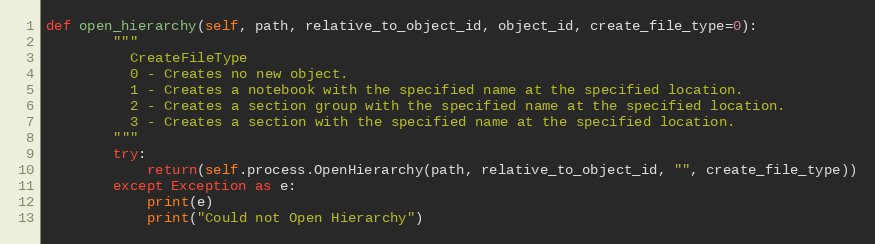
Language: Python
def open_hierarchy(self, path, relative_to_object_id, object_id, create_file_type=0):
        """
          CreateFileType
          0 - Creates no new object.
          1 - Creates a notebook with the specified name at the specified location.
          2 - Creates a section group with the specified name at the specified location.
          3 - Creates a section with the specified name at the specified location.
        """
        try:
            return(self.process.OpenHierarchy(path, relative_to_object_id, "", create_file_type))
        except Exception as e:
            print(e)
            print("Could not Open Hierarchy")